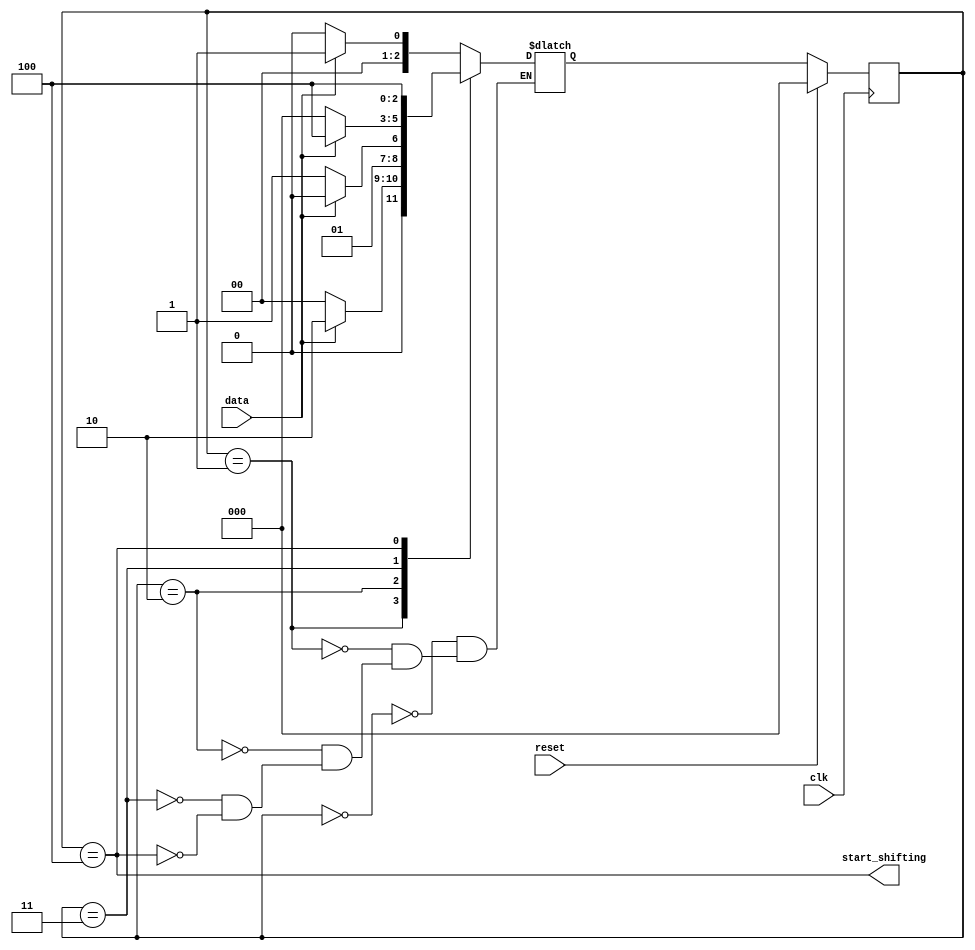
module top_module (
    input clk,
    input reset,      // Synchronous reset
    input data,
    output start_shifting);
    
    parameter IDLE = 3'b000 ;
    parameter S0   = 3'b001 ;
    parameter S1   = 3'b010 ;
    parameter S2   = 3'b011 ;
    parameter S3   = 3'b100 ;
    
    reg [2:0] cstate , nstate ;
    
    always @(posedge clk) begin
        if(reset) begin
            cstate <= IDLE ;
        end
        else begin
            cstate <= nstate ;
        end
    end
    
    always @(*) begin
        case(cstate)
            IDLE : nstate = data ? S0 : IDLE ;
            S0   : nstate = data ? S1 : IDLE ;
            S1   : nstate = data ? S1 : S2   ;
            S2   : nstate = data ? S3 : IDLE ;
            S3   : nstate = S3 ;
        endcase
    end
    
    assign start_shifting = (cstate == S3) ;

endmodule